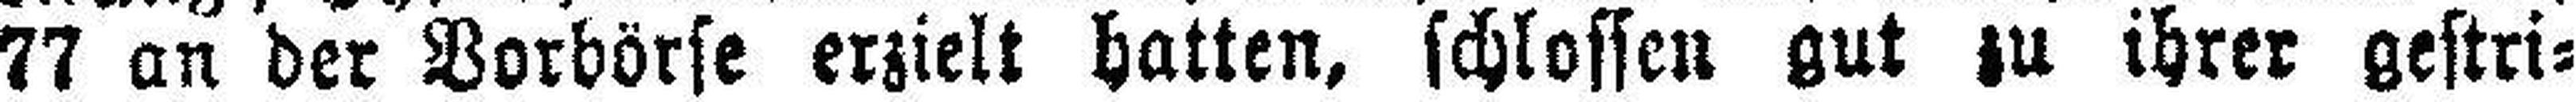
77 an der Vorbörse erzielt hatten, schlossen gut zu ihrer gestri¬